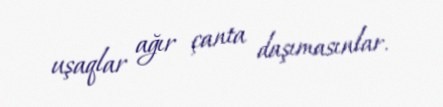
uşaqlar ağır çanta daşımasınlar.